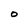
Character: O